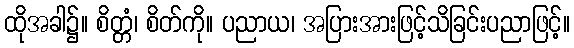
ထိုအခါ၌။ စိတ္တံ၊ စိတ်ကို။ ပညာယ၊ အပြားအားဖြင့်သိခြင်းပညာဖြင့်။